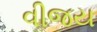
વીજય